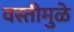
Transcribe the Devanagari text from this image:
वस्तीमुळे